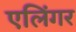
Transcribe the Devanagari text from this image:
एलिंगर